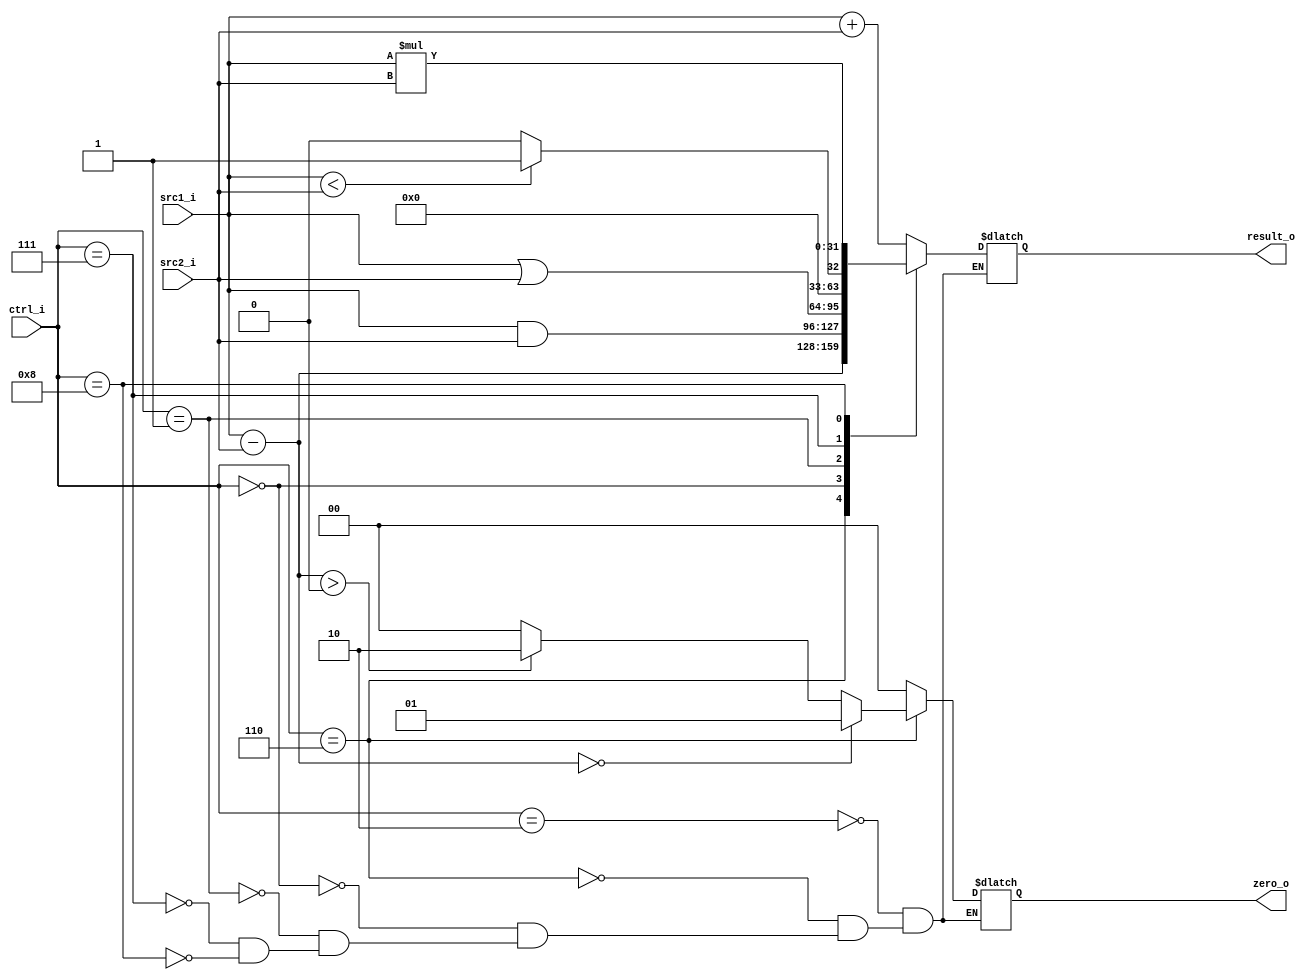
// 0716089
//Subject:     CO project 2 - ALU
//--------------------------------------------------------------------------------
//Version:     1
//--------------------------------------------------------------------------------
//Writer:      
//----------------------------------------------
//Date:        
//----------------------------------------------
//Description: 
//--------------------------------------------------------------------------------
`timescale 1ns/1ps
module ALU(
    src1_i,
	src2_i,
	ctrl_i,
	result_o,
	zero_o
	);
     
//I/O ports
input signed [32-1:0]  src1_i;
input signed [32-1:0]  src2_i;
input  [4-1:0]   ctrl_i;

output [32-1:0]	 result_o;
output [1:0]     zero_o;

//Internal signals
reg    [32-1:0]  result_o;
wire   [1:0]          zero_o;
// zero -> 0 for other 1 for equal 10 for greater
//Parameter
reg [32-1:0] t_result;
reg [1:0] zero;
//Main function
	// add 0010 sub 0110 and 0000 or 0001 slt 0111
always @(*) begin
	case(ctrl_i) 
		4'b0010: begin
			result_o = src1_i + src2_i;
			zero =0;
		end
		4'b0110: begin
			result_o = src1_i - src2_i;
			if(result_o == 0) zero = 2'b01;
			else if(result_o >0) zero = 2'b10;
			else zero = 0;
		end
		4'b0000: begin
			result_o = src1_i & src2_i;
			zero =0;
		end
		4'b0001: begin
			result_o = src1_i | src2_i;
			zero =0;
		end
		4'b0111: begin
			// result_o = src1_i - src2_i;
			// if(result_o == 0) result_o = 32'b1;
			// else result_o = 32'b0;
			result_o = (src1_i<src2_i)? 32'b1 : 32'b0; 
			zero =0;
		end
        4'b1000: begin
            result_o = src1_i * src2_i;
            zero = 0;
        end
	endcase
end
assign zero_o = zero;
endmodule